Senior Leaving Certificate Examination (including Day School Certificate (Higher) General paper), 1949
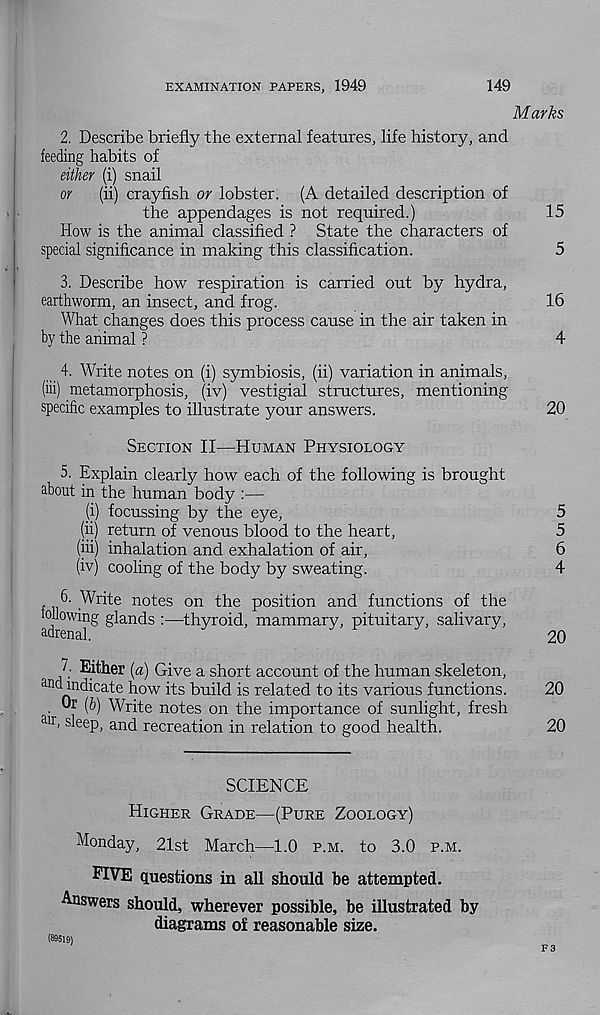
EXAMINATION PAPERS, 1949
149
Marks
2. Describe briefly the external features, life history, and
feeding habits of
either (i) snail
or
(ii) crayfish or lobster. (A detailed description of
the appendages is not required.)
15
How is the animal classified ? State the characters of
special significance in making this classification.
5
3. Describe how respiration is carried out by hydra,
earthworm, an insect, and frog.
16
What changes does this process cause in the air taken in
by the animal ?
4
4. Write notes on (i) symbiosis, (ii) variation in animals,
(iii) metamorphosis, (iv) vestigial structures, mentioning
specific examples to illustrate your answers.
20
Section II—Human Physiology
5. Explain clearly how each of the following is brought
about in the human body :—
(i) focussing by the eye,
5
(ii) return of venous blood to the heart,
5
(iii) inhalation and exhalation of air,
6
(iv) cooling of the body by sweating.
4
. 6- Write notes on the position and functions of the
following glands :—thyroid, mammary, pituitary, salivary,
adrenal.
20
E Either (a) Give a short account of the human skeleton,
and indicate how its build is related to its various functions.
20
. Or [h) Write notes on the importance of sunlight, fresh
air , sleep, and recreation in relation to good health.
20
SCIENCE
Higher Grade—(Pure Zoology)
Monday, 21st March—1.0 p.m. to 3.0 p.m.
FIVE questions in all should be attempted.
Answers should, wherever possible, be illustrated by
diagrams of reasonable size.